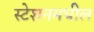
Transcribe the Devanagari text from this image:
स्टेशनमधील